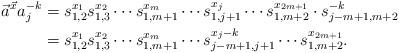
LaTeX: \begin{align*}\vec{a}^{\vec{x}}a_j^{-k}&= s_{1,2}^{x_1}s_{1,3}^{x_2} \cdots s_{1,m+1}^{x_m} \cdots s_{1,j+1}^{x_j} \cdots s_{1,m+2}^{x_{2m+1}} \cdot s_{j-m+1,m+2}^{-k} \\&=s_{1,2}^{x_1}s_{1,3}^{x_2} \cdots s_{1,m+1}^{x_m} \cdots s_{j-m+1,j+1}^{x_j-k} \cdots s_{1,m+2}^{x_{2m+1}}.\end{align*}